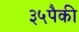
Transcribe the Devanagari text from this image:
३५पैकी